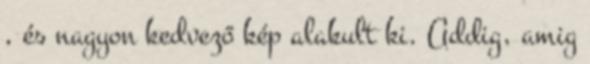
, és nagyon kedvező kép alakult ki. Addig, amig